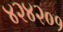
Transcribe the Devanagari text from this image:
४२४२०१